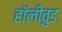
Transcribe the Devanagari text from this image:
हॉलीवुडः